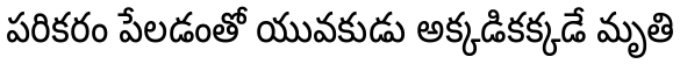
పరికరం పేలడంతో యువకుడు అక్కడికక్కడే మృతి